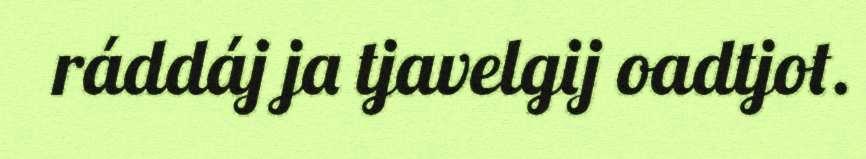
ráddáj ja tjavelgij oadtjot.